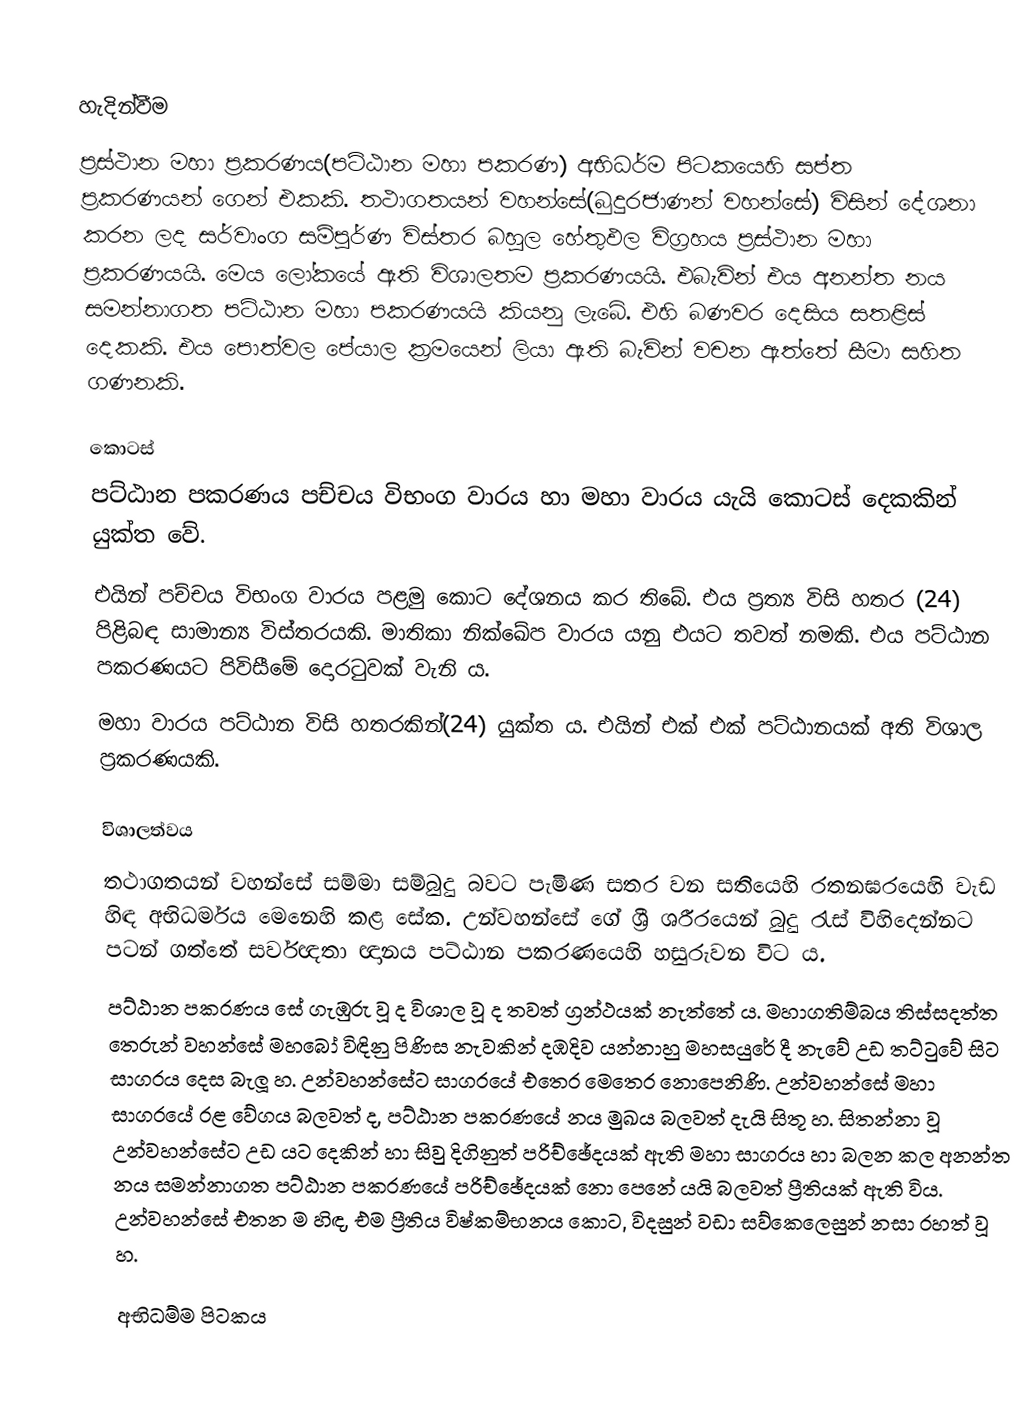

හැදින්වීම
ප්‍රස්ථාන මහා ප්‍රකරණය(පට්ඨාන මහා පකරණ) අභිධර්ම පිටකයෙහි සප්ත ප්‍රකරණයන් ගෙන් එකකි. තථාගතයන් වහන්සේ(බුදුරජාණන් වහන්සේ) විසින් දේශනා කරන ලද   සර්වාංග සම්පූර්ණ විස්තර බහුල හේතුඵල විග්‍රහය ප්‍රස්ථාන මහා ප්‍රකරණයයි. මෙය ලෝකයේ ඇති විශාලතම ප්‍රකරණයයි. එබැවින් එය අනන්ත නය සමන්නාගත පට්ඨාන මහා පකරණයයි කියනු ලැබේ. එහි බණවර දෙසිය සතළිස් දෙකකි. එය පොත්වල පේයාල ක්‍රමයෙන් ලියා ඇති බැවින් වචන ඇත්තේ සීමා සහිත ගණනකි.

කොටස්
පට්ඨාන පකරණය පච්චය විභංග වාරය හා මහා වාරය යැයි කොටස් දෙකකින් යුක්ත වේ.
එයින් පච්චය විභංග වාරය පළමු කොට දේශනය කර තිබේ. එය ප්‍රත්‍ය විසි හතර (24) පිළිබඳ සාමාන්‍ය විස්තරයකි. මාතිකා නික්ඛේප වාරය යනු එයට තවත් නමකි. එය පට්ඨාන පකරණයට පිවිසීමේ දොරටුවක් වැනි ය.
මහා වාරය පට්ඨාන විසි හතරකින්(24) යුක්ත ය. එයින් එක් එක් පට්ඨානයක් අති විශාල ප්‍රකරණයකි.

විශාලත්වය
තථාගතයන් වහන්සේ සම්මා සම්බුදු බවට පැමිණ සතර වන සතියෙහි රතනඝරයෙහි වැඩ හිඳ අභිධර්මය මෙනෙහි කළ සේක. උන්වහන්සේ ගේ ශ්‍රී ශරීරයෙන් බුදු රැස් විහිදෙන්නට පටන් ගත්තේ සර්වඥතා ඥානය පට්ඨාන පකරණයෙහි හසුරුවන විට ය.
පට්ඨාන පකරණය සේ ගැඹුරු වූ ද විශාල වූ ද තවත් ග්‍රන්ථයක් නැත්තේ ය. මහාගතිම්බය තිස්සදත්ත තෙරුන් වහන්සේ මහබෝ විඳිනු පිණිස නැවකින් දඹදිව යන්නාහු මහසයුරේ දී නැවේ උඩ තට්ටුවේ සිට සාගරය දෙස බැලූ හ. උන්වහන්සේට සාගරයේ එතෙර මෙතෙර නොපෙනිණි. උන්වහන්සේ මහා සාගරයේ රළ වේගය බලවත් ද, පට්ඨාන පකරණයේ නය මුඛය බලවත් දැයි සිතූ හ. සිතන්නා වූ උන්වහන්සේට උඩ යට දෙකින් හා සිවු දිගිනුත් පරිච්ඡේදයක් ඇති මහා සාගරය හා බලන කල අනන්ත නය සමන්නාගත පට්ඨාන පකරණයේ පරිච්ඡේදයක් නො පෙනේ යයි බලවත් ප්‍රීතියක් ඇති විය. උන්වහන්සේ එතන ම හිඳ, එම ප්‍රීතිය විෂ්කම්භනය කොට, විදසුන් වඩා සව්කෙලෙසුන් නසා රහත් වූ හ.

අභිධම්ම පිටකය